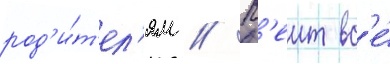
род'и́т'ел'ям // К'еит вс'е́